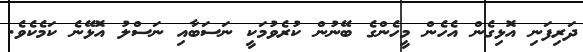
ދަރިފަނި އޮޅިގެން އެހެން މީހެންގެ ބޭނުން ކުރެވުމަކީ ނަސަބާއި ނަސްލު އޮޅޭނެ ކަމެކެވެ.